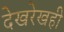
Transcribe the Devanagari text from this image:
देखरेखही